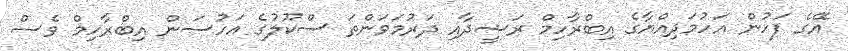
އޭގެ ފަހުން އަހުމަދިއްޔާގެ އިބްރާހިމް ރަޝީދާއި ދަރުމަވަންތަ ސްކޫލުގެ އަހުސަން އިބްރާހިމް ވެސް